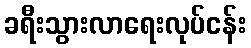
ခရီးသွားလာရေးလုပ်ငန်း